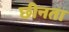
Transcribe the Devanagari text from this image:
छीनता